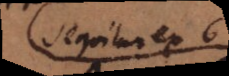
Sequitur ex 6.